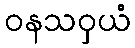
ဝနသဝှယံ